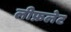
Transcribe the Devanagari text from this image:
लीफ़लेट